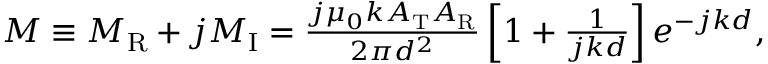
\begin{array} { r } { M \equiv M _ { \mathrm { R } } + j M _ { \mathrm { I } } = \frac { j \mu _ { 0 } k A _ { \mathrm { T } } A _ { \mathrm { R } } } { 2 \pi d ^ { 2 } } \left[ 1 + \frac { 1 } { j k d } \right] e ^ { - j k d } , } \end{array}